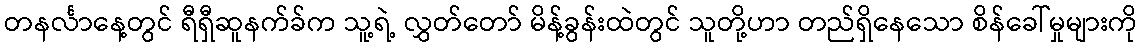
တနင်္လာနေ့တွင် ရီရှီဆူနက်ခ်က သူ့ရဲ့ လွှတ်တော် မိန့်ခွန်းထဲတွင် သူတို့ဟာ တည်ရှိနေသော စိန်ခေါ်မှုများကို